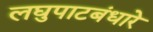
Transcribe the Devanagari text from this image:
लघुपाटबंधारे